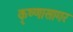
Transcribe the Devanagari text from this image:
कृष्णासागर